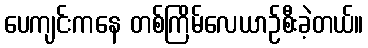
ပေကျင်းကနေ တစ်ကြိမ်လေယာဉ်စီးခဲ့တယ်။